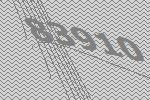
83910